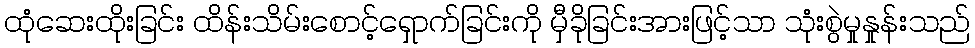
ထုံဆေးထိုးခြင်း ထိန်းသိမ်းစောင့်ရှောက်ခြင်းကို မှီခိုခြင်းအားဖြင့်သာ သုံးစွဲမှုနှုန်းသည်